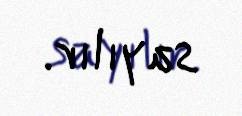
sayılır.